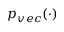
p _ { v e c } ( \cdot )